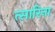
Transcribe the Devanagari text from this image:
त्सारिना